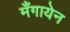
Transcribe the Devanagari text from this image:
मँगायेन